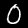
Label: 0